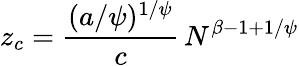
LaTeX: z_{c}=\frac{(a/\psi)^{1/\psi}}{c}\, N^{\beta-1+1/\psi}